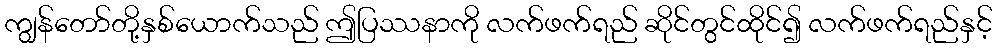
ကျွန်တော်တို့နှစ်ယောက်သည် ဤပြဿနာကို လက်ဖက်ရည် ဆိုင်တွင်ထိုင်၍ လက်ဖက်ရည်နှင့်